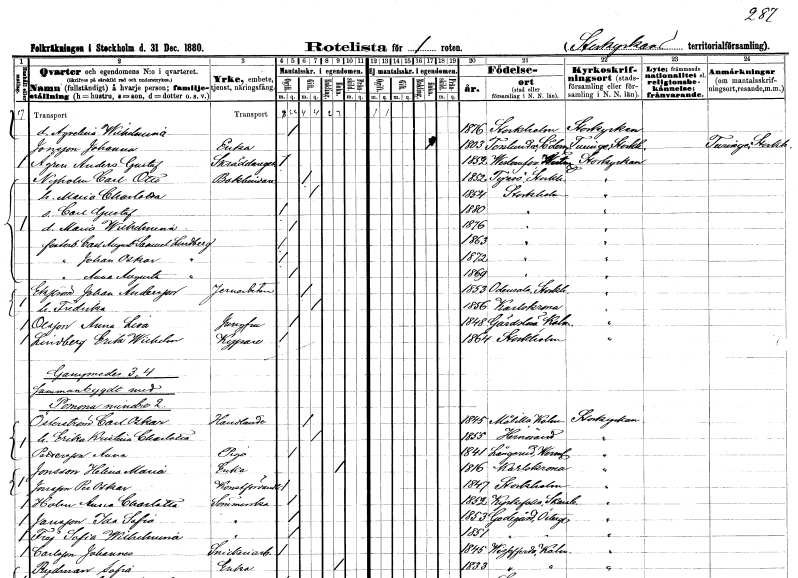
gt_parse: households: individuals: FN: Aqvelina Wilhelmina
KON: K
CIV: O
FODAR: 1876
FODFORS: Stockholm
FN: Johanna
EN: Jonsson
YRKE: Änka
KON: K
CIV: E
FODAR: 1803
FODFORS: Torslunda Kalmar län
FN: Anders Gustaf
EN: Ågren
YRKE: Skräddaregesäll
KON: M
CIV: O
FODAR: 1852
FODFORS: Västanfors Västmanlands län
FN: Carl Otto
EN: Nyholm
YRKE: Bokbindare
KON: M
CIV: G
FODAR: 1852
FODFORS: Tyresö Stockholms län
FN: Maria Charlotta
KON: K
CIV: G
FODAR: 1854
FODFORS: Stockholm
FN: Carl Gustaf
KON: M
CIV: O
FODAR: 1880
FODFORS: Stockholm
FN: Maria Wilhelmina
KON: K
CIV: O
FODAR: 1876
FODFORS: Stockholm
FN: Carl August Samuel
EN: Lindberg
KON: M
CIV: O
FODAR: 1863
FODFORS: Stockholm
FN: Johan Oskar
EN: Lindberg
KON: M
CIV: O
FODAR: 1872
FODFORS: Stockholm
FN: Anna Augusta
EN: Lindberg
KON: K
CIV: O
FODAR: 1869
FODFORS: Stockholm
FN: Johan
EN: Ekström Andersson
YRKE: Järnarbetare
KON: M
CIV: G
FODAR: 1853
FODFORS: Odensala Stockholms län
FN: Fredrika
KON: K
CIV: G
FODAR: 1856
FODFORS: Karlskrona Blekinge län
FN: Anna Lisa
EN: Olsson
YRKE: Jungfru
KON: K
CIV: O
FODAR: 1848
FODFORS: Gärdslösa Kalmar län
FN: Erik Wilhelm
EN: Lindberg
YRKE: Kypare
KON: M
CIV: O
FODAR: 1864
FODFORS: Stockholm
FN: Carl Oskar
EN: Österström
YRKE: Handlande
KON: M
CIV: G
FODAR: 1845
FODFORS: Målilla med Gårdveda Kalmar län
FN: Erika Kristina Charlotta
KON: K
CIV: G
FODAR: 1855
FODFORS: Härnösand Västernorrlands län
FN: Anna
EN: Pettersson
YRKE: Piga
KON: K
CIV: O
FODAR: 1841
FODFORS: Långserud Värmlands län
FN: Helena Maria
EN: Jonsson
YRKE: Änka
KON: K
CIV: E
FODAR: 1816
FODFORS: Karlskrona Blekinge län
FN: Per Oskar
EN: Jonsson
YRKE: Konstförvandt
KON: M
CIV: O
FODAR: 1847
FODFORS: Stockholm
FN: Anna Charlotta
EN: Holm
YRKE: Sömmerska
KON: K
CIV: O
FODAR: 1852
FODFORS: Kyrkefalla Skaraborgs län
FN: Ida Sofia
EN: Jansson
YRKE: Sömmerska
KON: K
CIV: O
FODAR: 1853
FODFORS: Godegård Östergötlands län
FN: Sofia Wilhelmina
EN: Frej
YRKE: Sömmerska
KON: K
CIV: O
FODAR: 1851
FODFORS: Godegård Östergötlands län